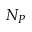
N _ { P }